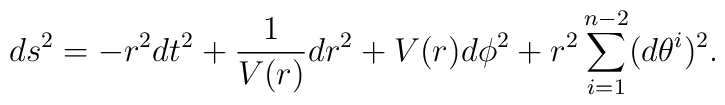
ds^2 = -r^2 dt^2 + \frac{1}{V(r)} dr^2 + V(r) d\phi^2 + r^2\sum\limits_{i=1}^{n-2}(d\theta^i)^2 .